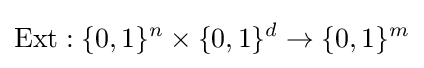
{\text{Ext}}:\{0,1\}^{n}\times \{0,1\}^{d}\rightarrow \{0,1\}^{m}